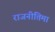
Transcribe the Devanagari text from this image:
राजनीतिमा